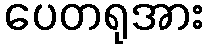
ပေတရုအား